Indian journal of veterinary science and animal husbandry - Volumes 22-23, 1952-1953
Year: 1952
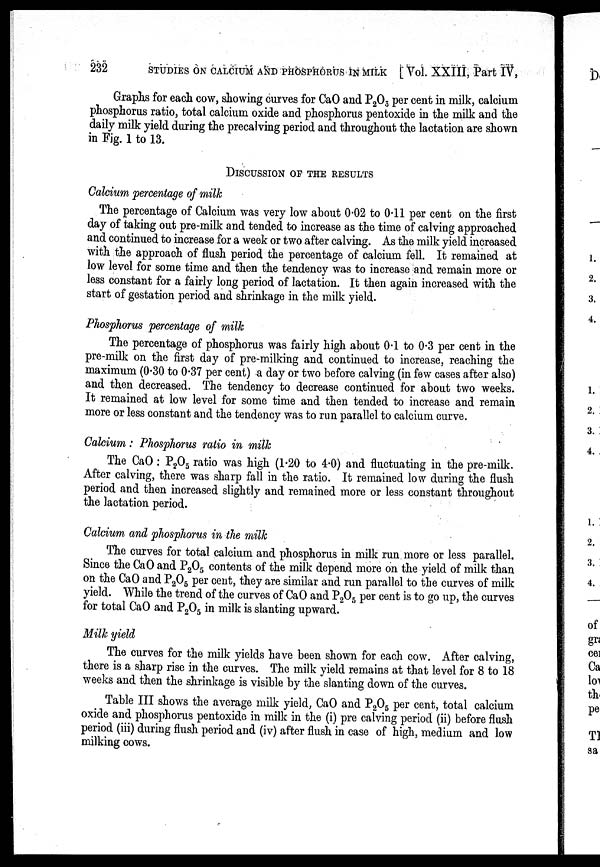
232 STUDIES ON CALCIUM AND PHOSPHORUS IN MILK [ Vol. XXIII, Part IV,
Graphs for each cow, showing curves for CaO and P 2 O 5 per cent in milk, calcium
phosphorus ratio, total calcium oxide and phosphorus pentoxide in the milk and the
daily milk yield during the precalving period and throughout the lactation are shown
in Fig. 1 to 13.
DISCUSSION OF THE RESULTS
Calcium percentage of milk
The percentage of Calcium was very low about 0.02 to 0.11 per cent on the first
day of taking out pre-milk and tended to increase as the time of calving approached
and continued to increase for a week or two after calving. As the milk yield increased
with the approach of flush period the percentage of calcium fell. It remained at
low level for some time and then the tendency was to increase and remain more or
less constant for a fairly long period of lactation. It then again increased with the
start of gestation period and shrinkage in the milk yield.
Phosphorus percentage of milk
The percentage of phosphorus was fairly high about 0.1 to 0.3 per cent in the
pre-milk on the first day of pre-milking and continued to increase, reaching the
maximum (0.30 to 0.37 per cent) a day or two before calving (in few cases after also)
and then decreased. The tendency to decrease continued for about two weeks.
It remained at low level for some time and then tended to increase and remain
more or less constant and the tendency was to run parallel to calcium curve.
Calcium : Phosphorus ratio in milk
The CaO : P 2 O 5 ratio was high (1.20 to 4.0) and fluctuating in the pre-milk.
After calving, there was sharp fall in the ratio. It remained low during the flush
period and then increased slightly and remained more or less constant throughout
the lactation period.
Calcium and phosphorus in the milk
The curves for total calcium and phosphorus in milk run more or less parallel.
Since the CaO and P 2 O 5 contents of the milk depend more on the yield of milk than
on the CaO and P 2 O 5 per cent, they are similar and run parallel to the curves of milk
yield. While the trend of the curves of CaO and P 2 O 5 per cent is to go up, the curves
for total CaO and P 2 O 5 in milk is slanting upward.
Milk yield
The curves for the milk yields have been shown for each cow. After calving,
there is a sharp rise in the curves. The milk yield remains at that level for 8 to 18
weeks and then the shrinkage is visible by the slanting down of the curves.
Table III shows the average milk yield, CaO and P 2 O 5 per cent, total calcium
oxide and phosphorus pentoxide in milk in the (i) pre calving period (ii) before flush
period (iii) during flush period and (iv) after flush in case of high, medium and low
milking cows.